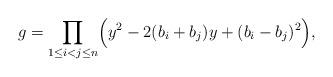
LaTeX: \begin{align*}g=\prod_{1\leq i<j\leq n}\Bigl(y^2-2(b_i+b_j)y+(b_i-b_j)^2\Bigr),\end{align*}